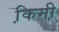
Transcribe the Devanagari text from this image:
कि़मी़